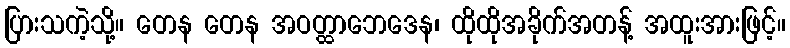
ပြားသကဲ့သို့။ တေန တေန အဝတ္ထာဘေဒေန၊ ထိုထိုအခိုက်အတန့် အထူးအားဖြင့်။